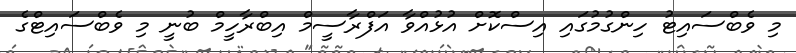
މި ވެބްސައިޓު ހިންގުމުގައި އިސްކޮށް އުޅުއްވާ އަފްރާސީމް އިބްރާހީމް ބުނީ މި ވެބްސައިޓްގެ